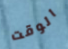
الوقت